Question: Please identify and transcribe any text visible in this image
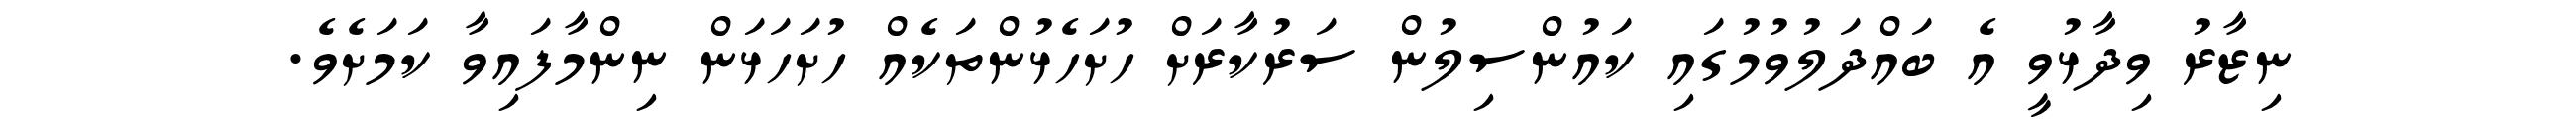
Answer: ނިޒާރު ވިދާޅުވީ އެ ބައްދަލުވުމުގައި ކައުންސިލުން ސަރުކާރަށް ހުށަހެޅުންތަކެއް ހުށަހަޅަން ނިންމާފައިވާ ކަމަށެވެ.